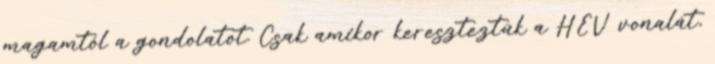
magamtól a gondolatot. Csak amikor kereszteztük a HÉV vonalát,